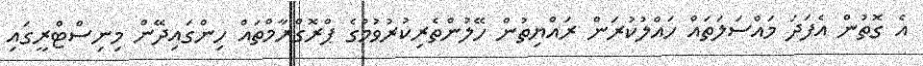
އެ ގޮތުން އެފަދަ މައްސަލަތައް ހައްލުކުރަން ރައްޔިތުން ހޭލުންތެރިކުރުވުމުގެ ޕްރޮގްރާމްތައް ހިންގައިދޭން މިނިސްޓްރީގައި